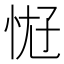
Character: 𫺀